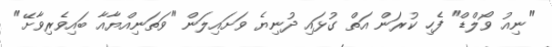
"ނިއު ވޯލްޑް" ފެހި ކުރަން އަތް ގުޅައި ދުނިޔެ ވަށައިލަން "ވަތަނިއްޔާއާ ބައިވެރިވާށޭ"